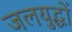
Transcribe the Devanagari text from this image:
जलयुद्धों